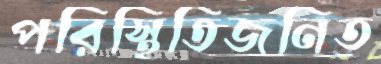
পরিস্থিতিজনিত